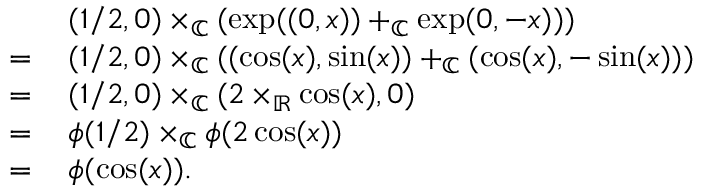
\begin{array} { r l } & { ( 1 / 2 , 0 ) \times _ { \mathbb { C } } ( \exp ( ( 0 , x ) ) + _ { \mathbb { C } } \exp ( 0 , - x ) ) ) } \\ { = \, } & { ( 1 / 2 , 0 ) \times _ { \mathbb { C } } ( ( \cos ( x ) , \sin ( x ) ) + _ { \mathbb { C } } ( \cos ( x ) , - \sin ( x ) ) ) } \\ { = \, } & { ( 1 / 2 , 0 ) \times _ { \mathbb { C } } ( 2 \times _ { \mathbb { R } } \cos ( x ) , 0 ) } \\ { = \, } & { \phi ( 1 / 2 ) \times _ { \mathbb { C } } \phi ( 2 \cos ( x ) ) } \\ { = \, } & { \phi ( \cos ( x ) ) . } \end{array}